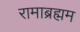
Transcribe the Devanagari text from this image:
रामाब्रह्मम